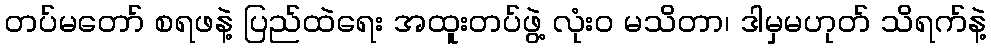
တပ်မတော် စရဖနဲ့ ပြည်ထဲရေး အထူးတပ်ဖွဲ့ လုံးဝ မသိတာ၊ ဒါမှမဟုတ် သိရက်နဲ့